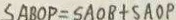
S A B O P = S A O B + S A O P